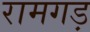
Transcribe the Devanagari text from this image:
रामगड़